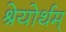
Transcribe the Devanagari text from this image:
श्रेयोर्थम्‌